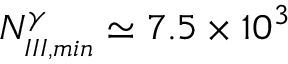
N _ { _ { I I I , m i n } } ^ { \gamma } \simeq 7 . 5 \times 1 0 ^ { 3 }